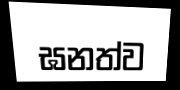
ඝනත්ව